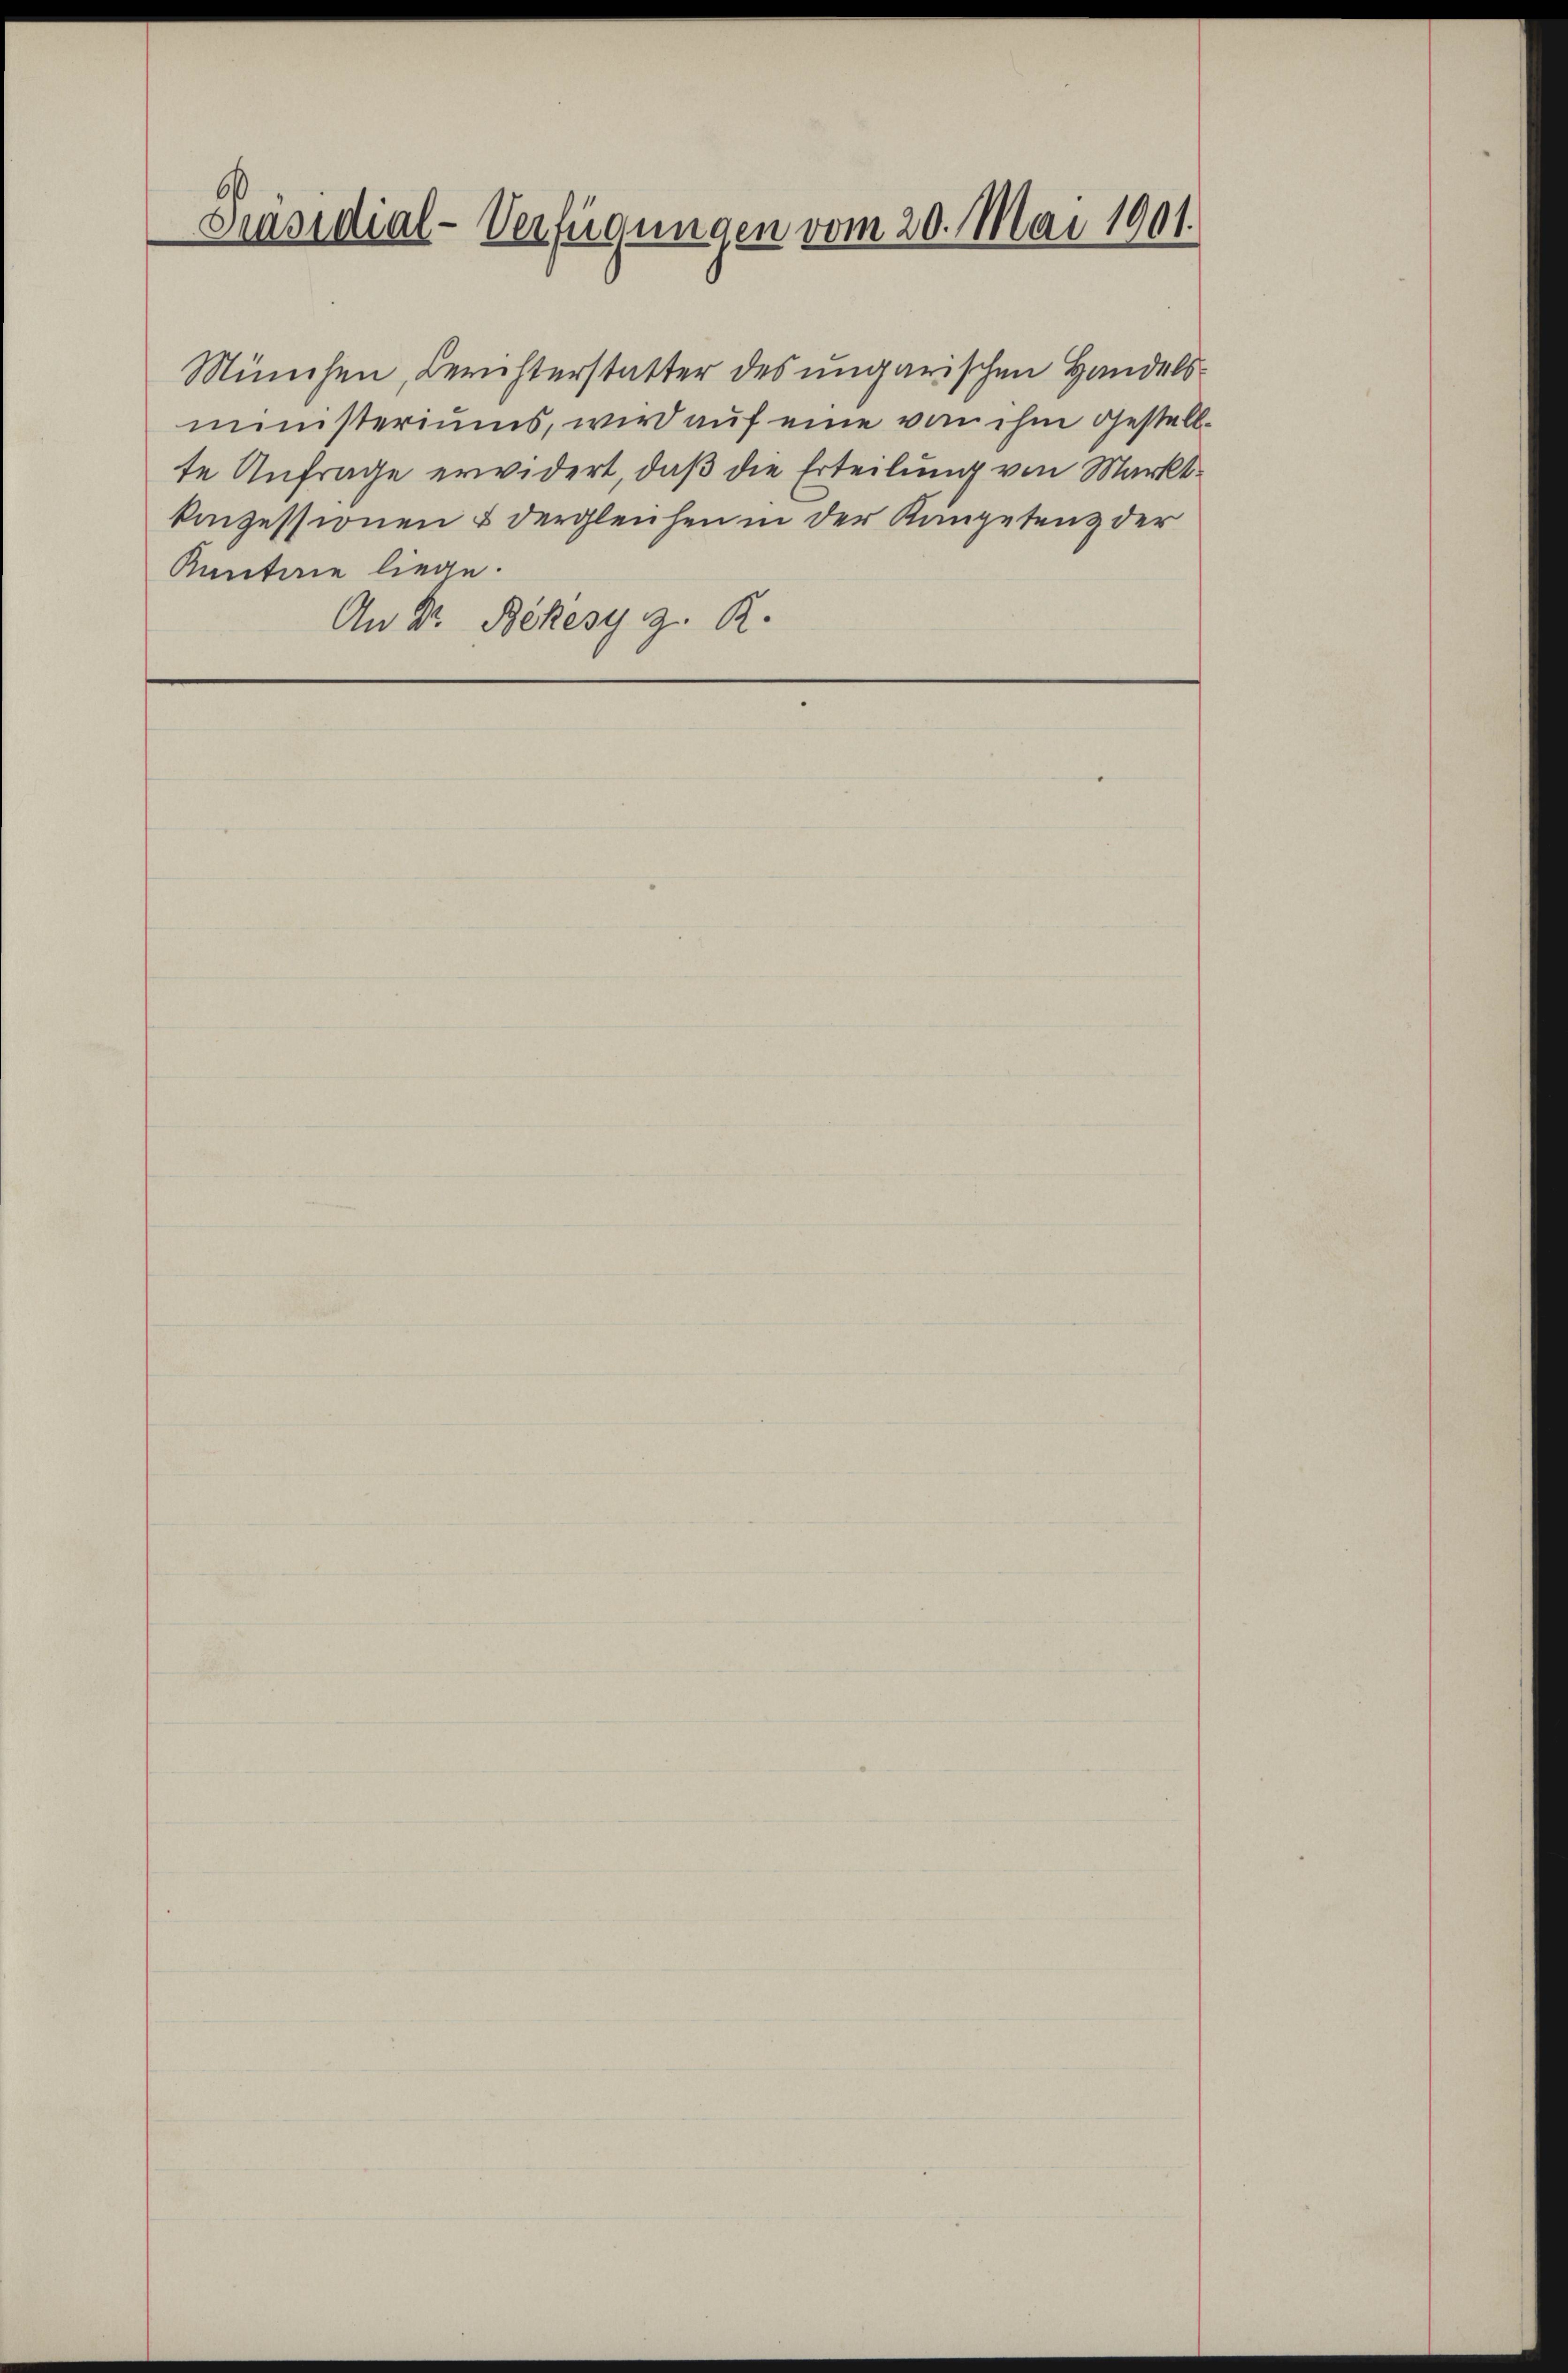
Präsidial-Verfügungen vom 20. Mai 1901.

München, Berichterstatter des ungarischen Handelsministeriums, wird auf eine von ihm gestell-
te Anfrage erwidert, daß die Erteilung von Marktkinzessionen & dergleichen in der Kanpetenz der
Kantone liege.
An Dr. Beckesy z. R.